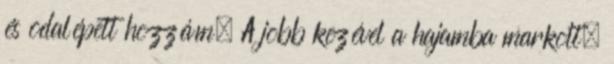
és odalépett hozzám. A jobb kezével a hajamba markolt,